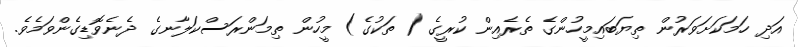
އަދި ހަމަކަށަވަރުން ތިޔަބައިމީހުންގެ ތެރެއިން ކުރީގެ ( ތަކުގެ) މީހުން ތިމަންރަސްކަލާނގެ ދެނެވޮޑިގެންވަމެވެ.